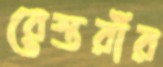
রেস্তরাঁর